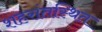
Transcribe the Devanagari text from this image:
शहरांतस्थित